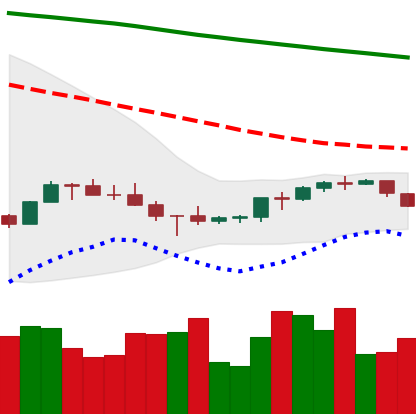
Ticker: BNB-USD
Chart end date: 2022-07-11
Forward return: 10.509%
Label: up_7plus